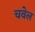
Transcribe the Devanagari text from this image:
चवेल